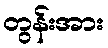
တွန်းအား